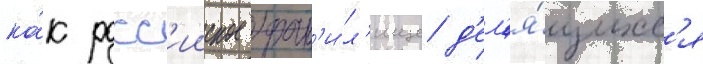
ка́к росс'ииское хран'и́л'ище д'ел'я́щихс'я